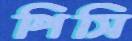
পিসি